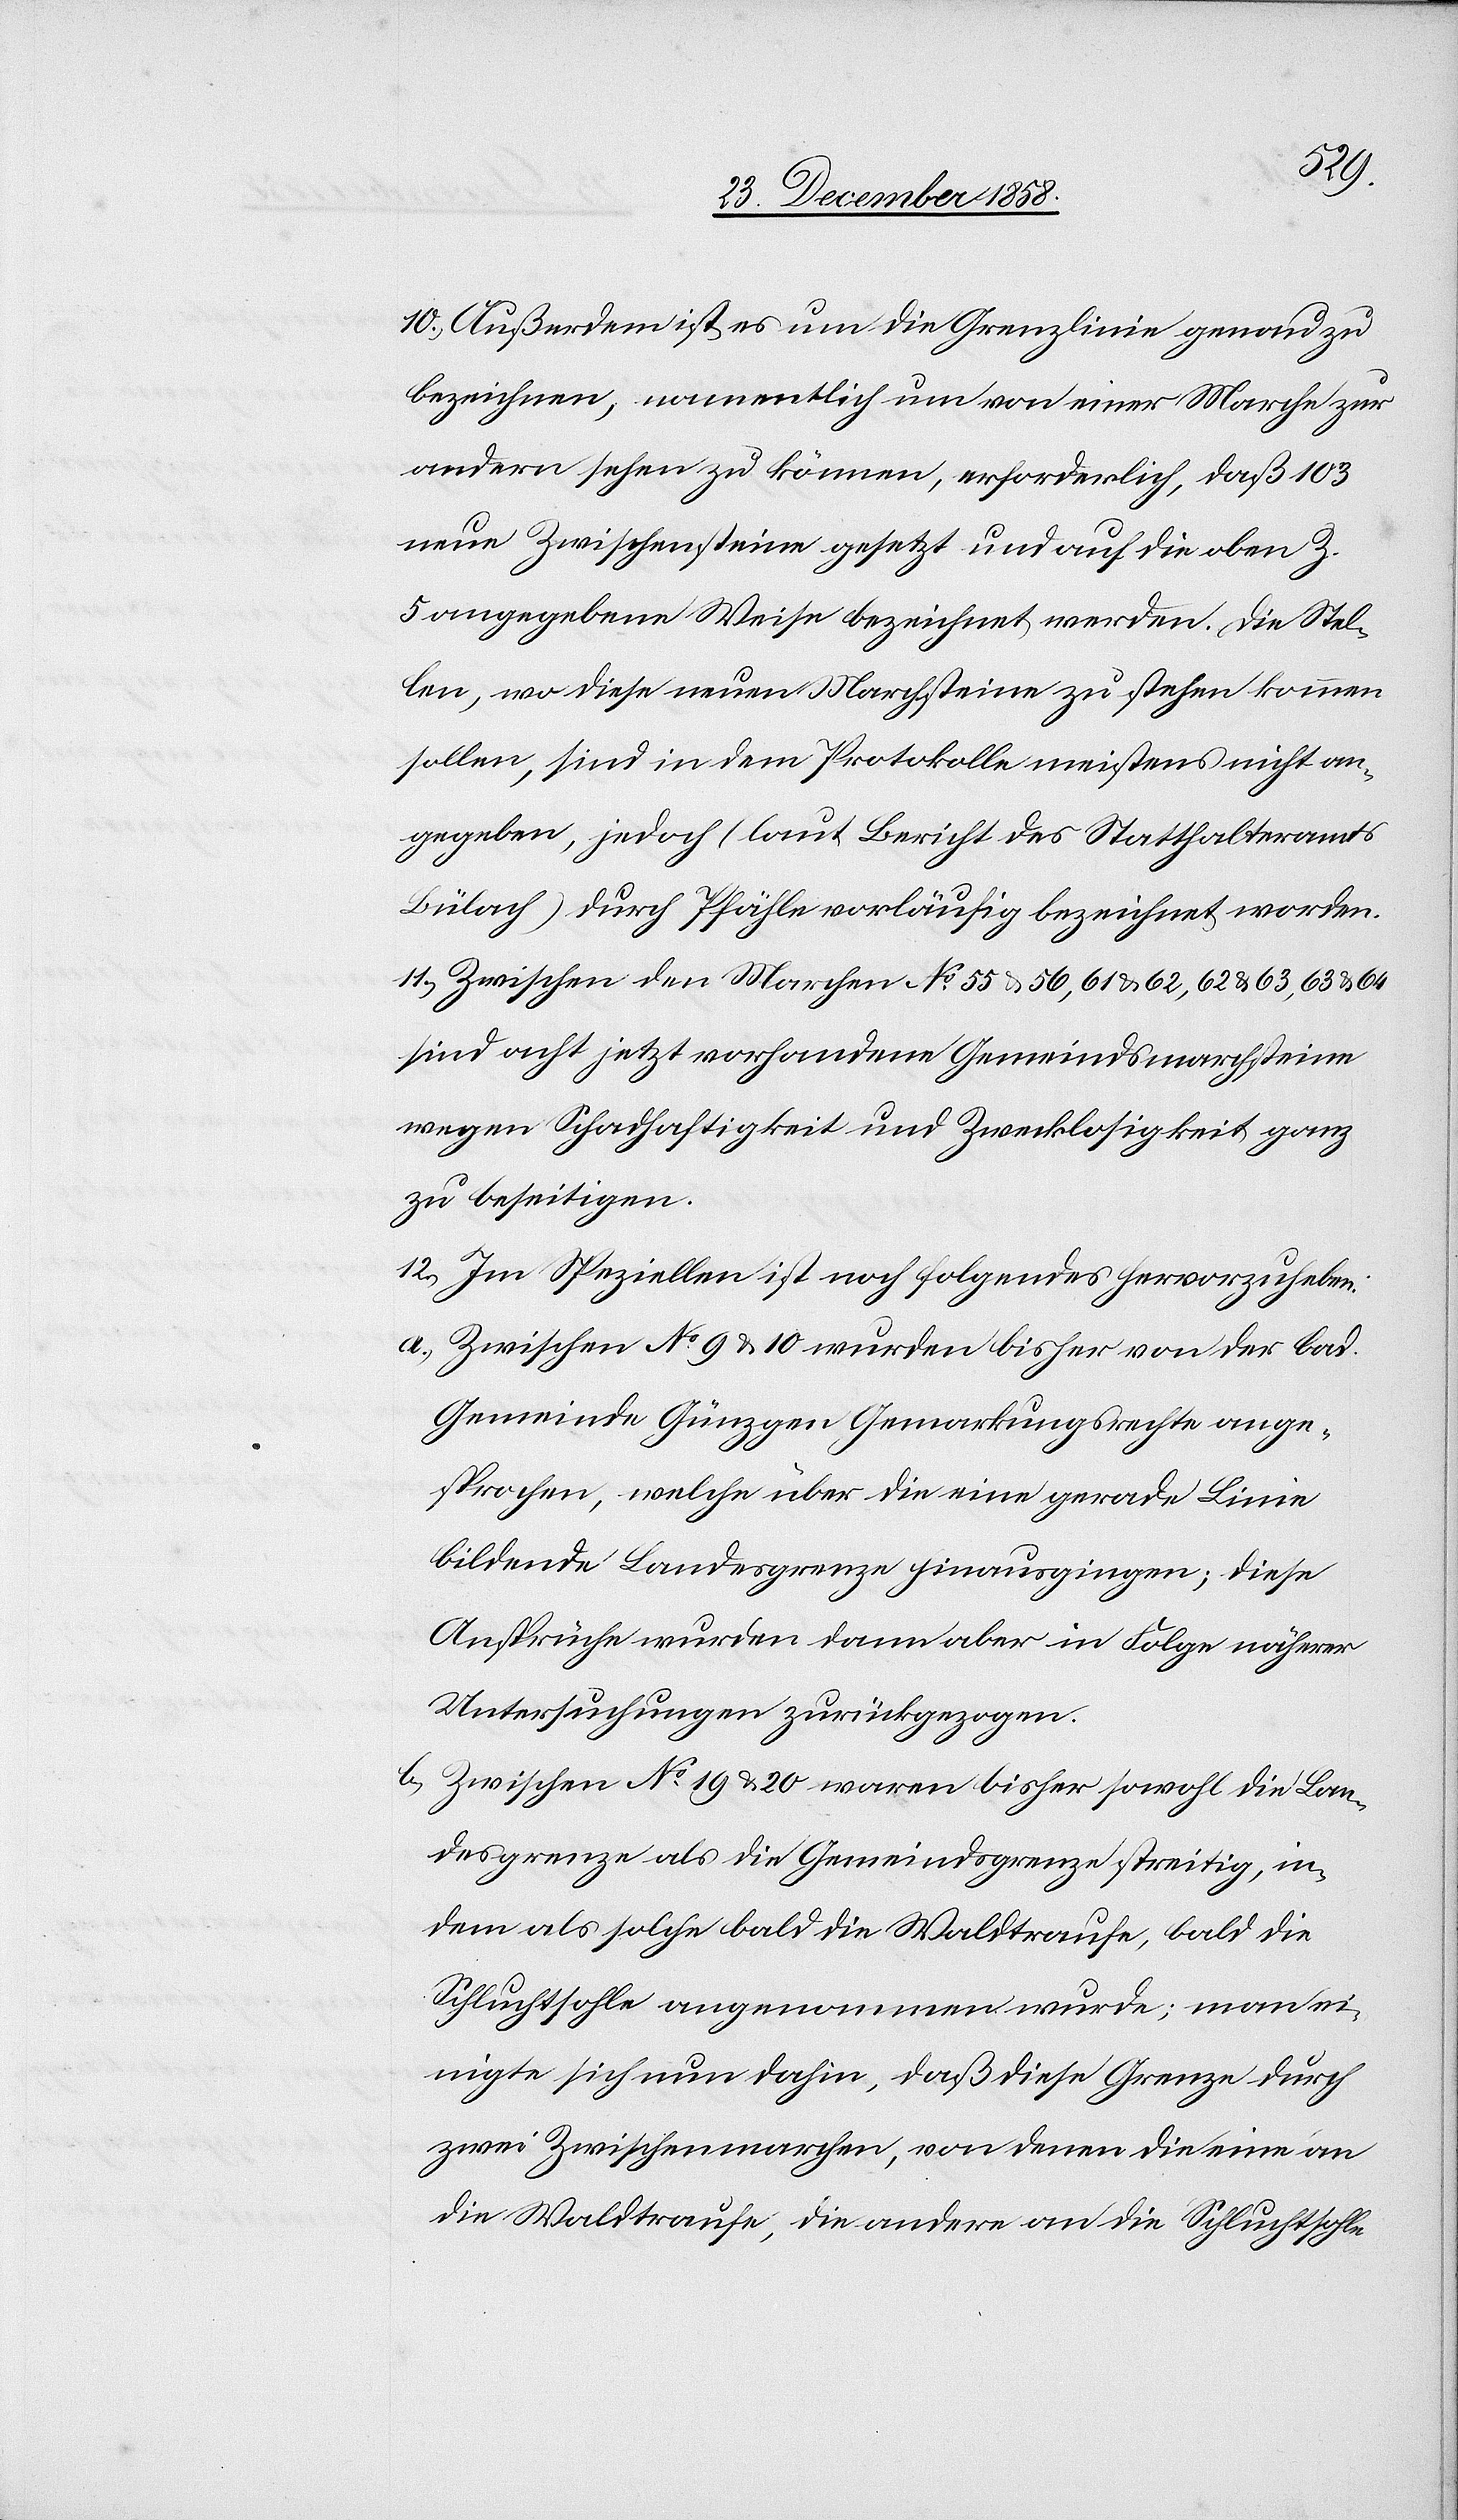
10.) Außerden ist es um die Grenzlinie genau zu
bezeichnen, namentlich um von einer Marche zur
andern sehen zu können, erforderlich, daß 103
neue Zwischensteine gesetzt und auf die oben Z.
5 angegebene Weise bezeichnet werden. Die Stel¬
len, wo diese neuen Marchsteine zu stehen kommen
sollen, sind in dem Protokolle meistens nicht an¬
gegeben, jedoch (laut Bericht des Statthalteramts
Bülach) durch Pfähle vorläufig bezeichnet worden.
11.) Zwischen den Marchen No 55 & 56, 61 & 62, 62 & 63, 63 & 64
sind acht jetzt vorhandene Gemeindsmarchsteine
wegen Schadhaftigkeit und Zwecklosigkeit ganz
zu beseitigen.
12.) Im Speziellen ist noch folgendes hervorzuheben:
Zwischen No 9 & 10 wurden bisher von der bad.
Gemeinde Günzgen Gemarkungsrechte ange¬
sprochen, welche über die eine gerade Linie
bildende Landesgrenze hinausgingen; diese
Ansprüche wurden dann aber in Folge näherer
Untersuchungen zurückgezogen.
Zwischen No 19 & 20 waren bisher sowohl die Lan¬
desgrenze als die Gemeindsgrenze streitig, in¬
dem als solche bald die Waldtraufe, bald die
Schluchtsohle angenommen wurde; man ei¬
nigte sich nun dahin, daß diese Grenze durch
zwei Zwischenmarchen, von denen die eine an
die Waldtraufe, die andere an die Schluchtsohle